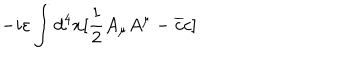
- i \varepsilon \int d ^ { 4 } x [ \frac { 1 } { 2 } A _ { \mu } A ^ { \mu } - \overline { { { c } } } c ]